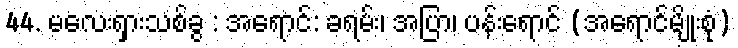
44. မလေးရှားသစ်ခွ : အရောင်: ခရမ်း၊ အပြာ၊ ပန်းရောင် (အရောင်မျိုးစုံ)